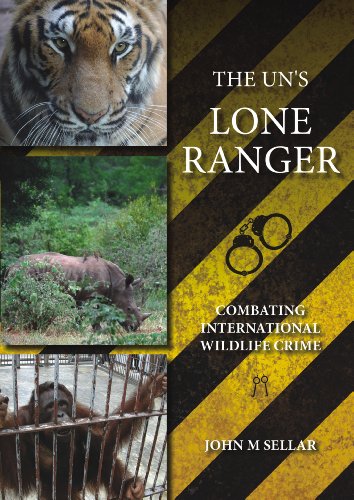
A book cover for The UN's Lone Ranger: Combating International Wildlife Crime; John M. Sellar; Science & Math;